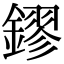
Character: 鏐